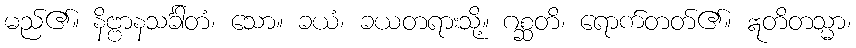
မည်၏။ နိဗ္ဗာနသင်္ခါတံ၊ သော။ ခယံ၊ ခယတရားသို့။ ဂစ္ဆတိ၊ ရောက်တတ်၏။ ဣတိတသ္မာ၊